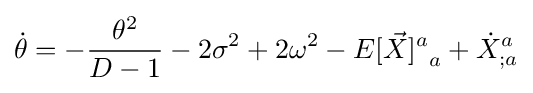
{\dot {\theta }}=-{\frac {\theta ^{2}}{D-1}}-2\sigma ^{2}+2\omega ^{2}-{E[{\vec {X}}]^{a}}_{a}+{{\dot {X}}^{a}}_{;a}